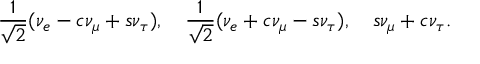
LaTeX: { \frac { 1 } { \sqrt 2 } } ( \nu _ { e } - c \nu _ { \mu } + s \nu _ { \tau } ) , ~ ~ ~ { \frac { 1 } { \sqrt 2 } } ( \nu _ { e } + c \nu _ { \mu } - s \nu _ { \tau } ) , ~ ~ ~ s \nu _ { \mu } + c \nu _ { \tau } .